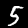
Label: 5